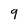
Character: 9